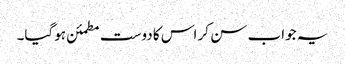
یہ جواب سن کر اس کا دوست مطمئن ہوگیا۔